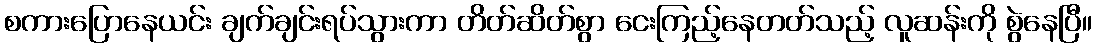
စကားပြောနေယင်း ချက်ချင်းရပ်သွားကာ တိတ်ဆိတ်စွာ ငေးကြည့်နေတတ်သည့် လူဆန်းကို စွဲနေပြီ။